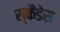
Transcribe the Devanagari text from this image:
स्कैंडेस